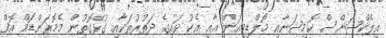
އިލެކްޝަންސް ކޮމިޝަނާއި މޯލްޑިވިއަން އާއި އެކު ވައިގެ ދަތުރުތަކާއި ގުޅޭގޮތުން މެމޮރަންޑަމް އޮފް